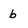
Character: b